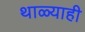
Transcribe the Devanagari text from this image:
थाळ्याही